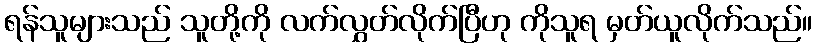
ရန်သူများသည် သူတို့ကို လက်လွှတ်လိုက်ပြီဟု ကိုသူရ မှတ်ယူလိုက်သည်။